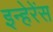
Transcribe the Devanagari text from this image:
इन्हेरेंस